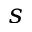
s